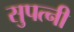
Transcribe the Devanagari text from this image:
सुपत्‍नी